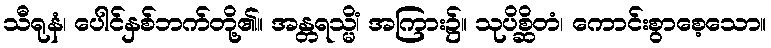
သီရုနံ၊ ပေါင်နှစ်ဘက်တို့၏။ အန္တရသ္မိံ၊ အကြား၌။ သုပိစ္ဆိတံ၊ ကောင်းစွာစေ့သော။